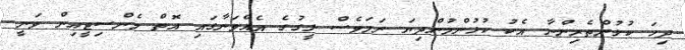
ދިހަ ކުޅުންތެރިންނާ އެކު ކުޅުންމުންދިޔަ ނަމަވެސް ލީގުގެ އެއްވަނާގައި އޮތް މެންސިޓީއިން ވަނީ